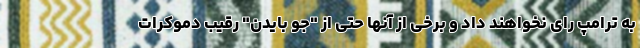
به ترامپ رای نخواهند داد و برخی از آنها حتی از "جو بایدن" رقیب دموکرات